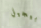
أبيجيل